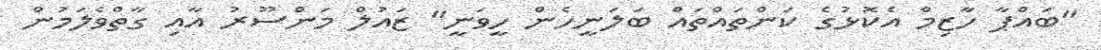
"ބައްޕާ ހާޒިމް އެކޮޅުގެ ކަންތައްތައް ބަލަނީހެން ހީވަނީ" ޒައުލް މަންސޫރު އާއި ގާތްވެލަމުން